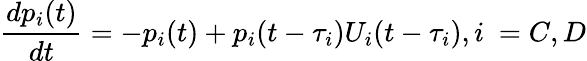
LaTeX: \frac{dp_{i}(t)}{dt}=-p_{i}(t)+p_{i}(t-\tau_{i})U_{i}(t-\tau_{i}),i~=C,D